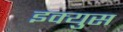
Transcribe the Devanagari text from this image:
इक्युस